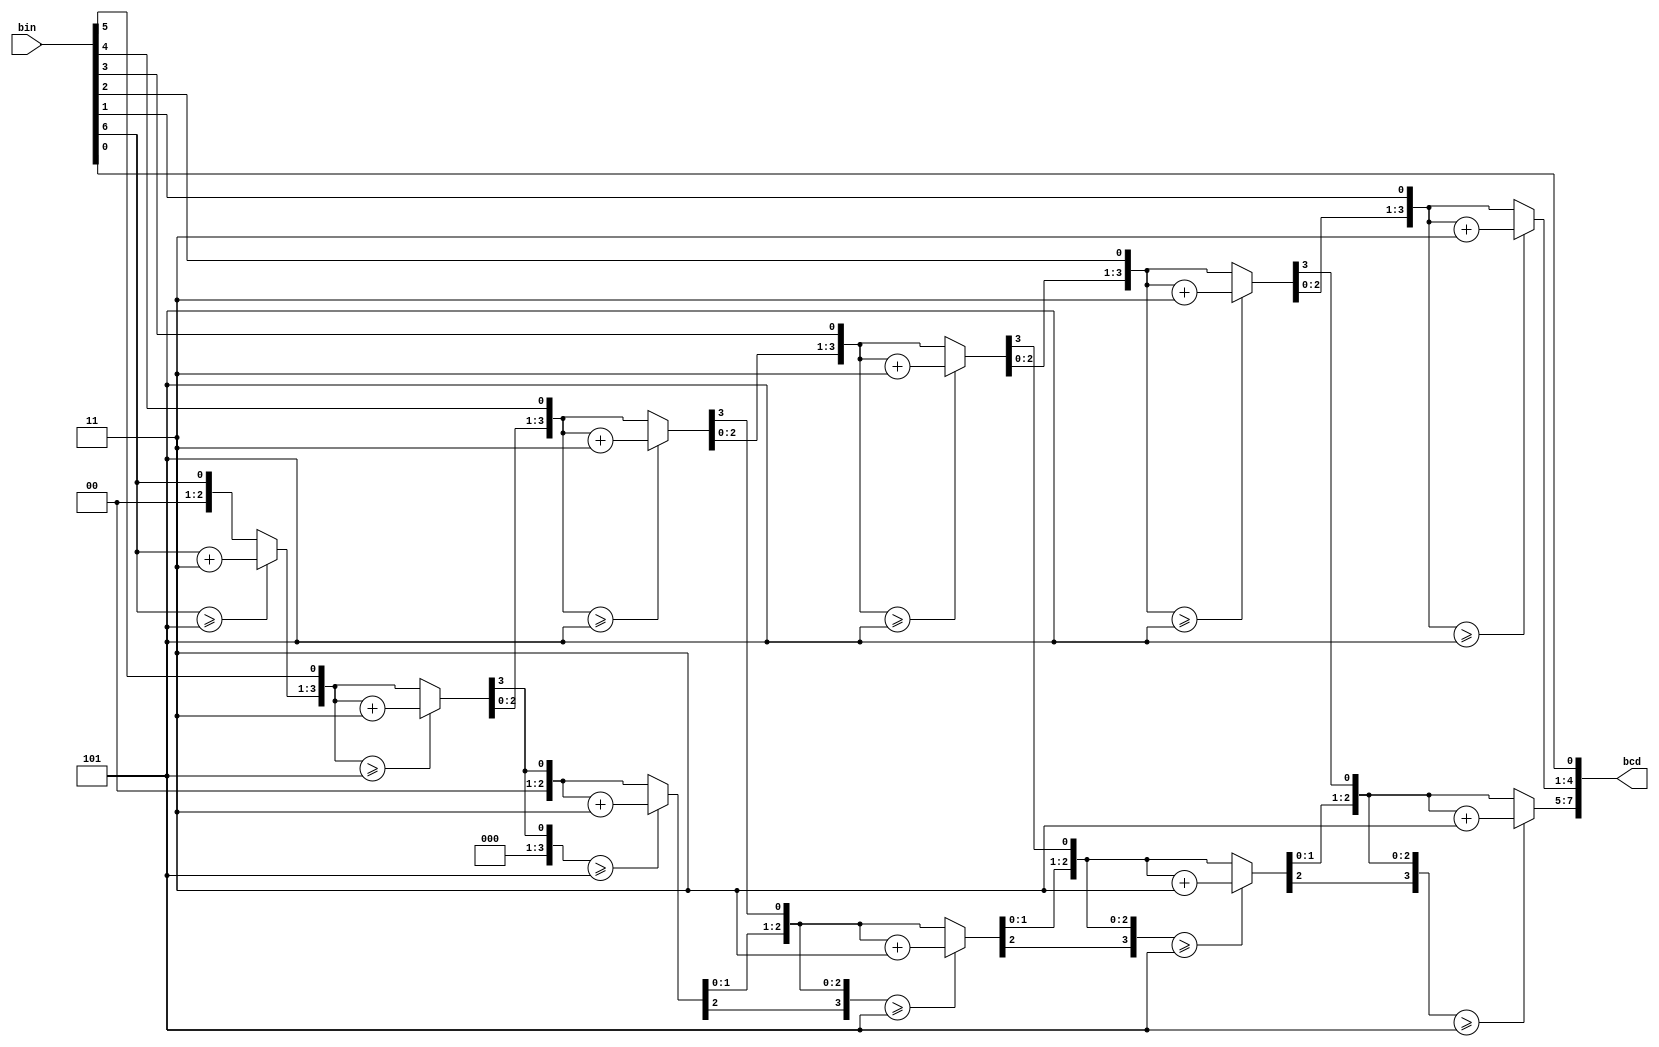
module Binary_To_Bcd(bin,bcd);
input [6:0] bin;
output reg [7:0] bcd;
integer i;
	
always @(bin) begin
    bcd=0;		 	
    for (i=0;i<7;i=i+1) begin					//Iterate once for each bit in input number
        if (bcd[3:0] >= 5) bcd[3:0] = bcd[3:0] + 3;		//If any BCD digit is >= 5, add three
	    if (bcd[7:4] >= 5) bcd[7:4] = bcd[7:4] + 3;
	    // if (bcd[11:8] >= 5) bcd[11:8] = bcd[11:8] + 3;
	    // if (bcd[15:12] >= 5) bcd[15:12] = bcd[15:12] + 3;
	    bcd = {bcd[6:0],bin[6-i]};				//Shift one bit, and shift in proper bit from input 
    end
end
endmodule